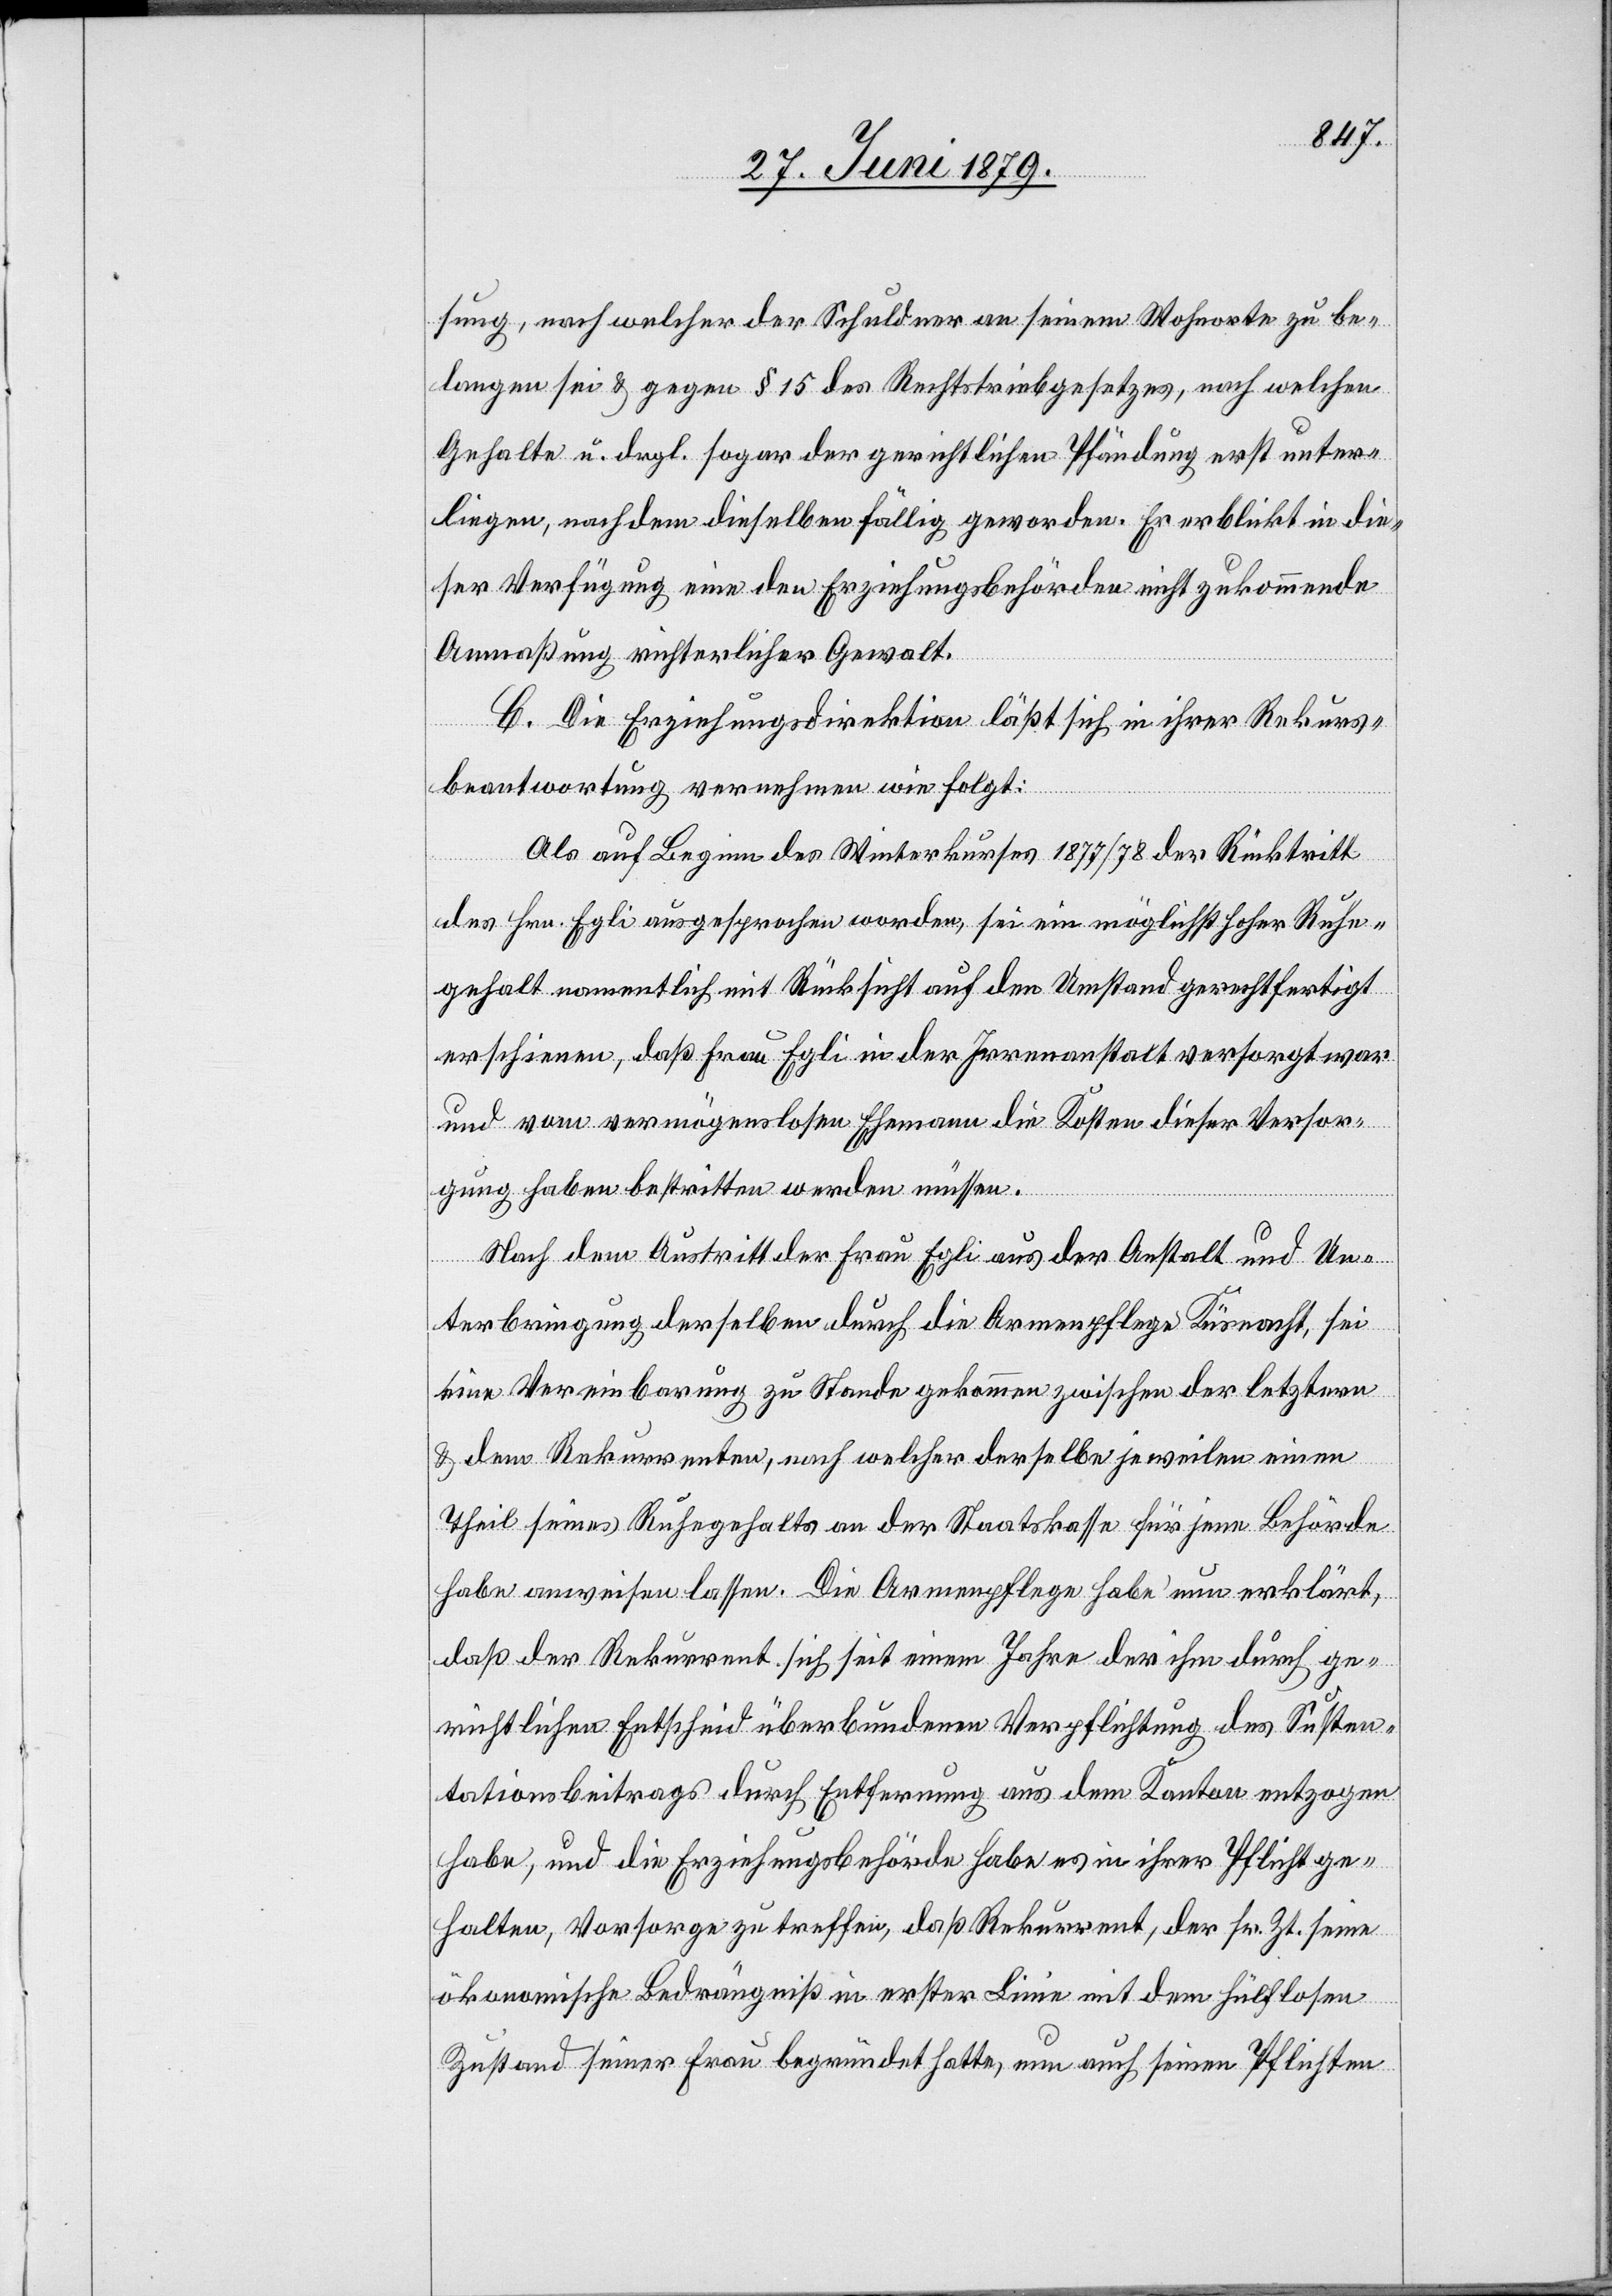
sung, nach welcher der Schuldner an seinem Wohnorte zu be¬
langen sei & gegen § 15 des Rechtstriebgesetzes, nach welchen
Gehalte u. drgl. sogar der gerichtlichen Pfändung erst unter¬
liegen, nachdem dieselben fällig geworden. Er erblickt in die¬
ser Verfügung eine den Erziehungsbehörden nicht zukommende
Anmaßung richterlicher Gewalt.
C. Die Erziehungsdirektion läßt sich in ihrer Rekurs¬
beantwortung vernehmen wie folgt:
Als auf Beginn des Winterkurses 1877/78 der Rücktritt
des Hrn. Egli ausgesprochen worden, sei ein möglichst hoher Ruhe¬
gehalt namentlich mit Rücksicht auf den Umstand gerechtfertigt
erschienen, daß Frau Egli in der Irrenanstalt versorgt war
und vom vermögenslosen Ehemann die Kosten dieser Versor¬
gung haben bestritten werden müssen.
Nach dem Austritt der Frau Egli aus der Anstalt und Un¬
terbringung derselben durch die Armenpflege Küsnacht, sei
eine Vereinbarung zu Stande gekommen zwischen der letztern
& dem Rekurrenten, nach welcher derselbe jeweilen einen
Theil seines Ruhegehalts an der Staatskasse für jene Behörde
habe anweisen lassen. Die Armenpflege habe nun erklärt,
daß der Rekurrent sich seit einem Jahre der ihm durch ge¬
richtlichen Entscheid überbundenen Verpflichtung des Susten¬
tationsbeitrags durch Entfernung aus dem Kanton entzogen
habe, und die Erziehungsbehörde habe es in ihrer Pflicht ge¬
halten, Vorsorge zu treffen, daß Rekurrent, der sr. Zt. seine
ökonomische Bedrängniß in erster Linie mit dem hülflosen
Zustand seiner Frau begründet hatte, nun auch seinen Pflichten